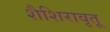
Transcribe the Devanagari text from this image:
शैशिरावृतू